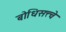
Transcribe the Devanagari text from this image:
बोधिसत्त्वे